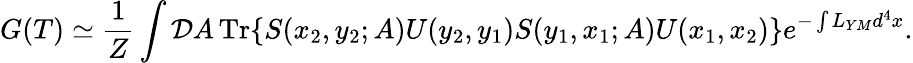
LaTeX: G(T)\simeq{\frac{1}{Z}}\int{\cal D}A\, \mathrm{Tr}\{ S(x_{2},y_{2};A)U(y_{2},y_{1})S(y_{1},x_{1};A)U(x_{1},x_{2})\} e^{-\int L_{YM}d^{4}x}.